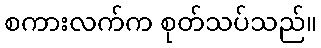
စကားလက်က စုတ်သပ်သည်။